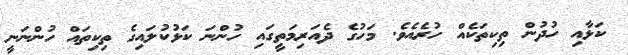
ކަޅާއި ހުދުން ތިކިތަކެއް ހުރެއެވެ. މަހުގެ ދެއަރިމަތީގައި ހުންނަ ކަޅުކުލައިގެ ތިކިތައް ހުންނަނީ